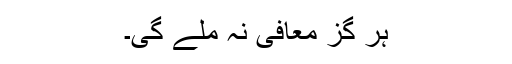
ہر گز معافی نہ ملے گی۔